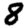
Digit: 8